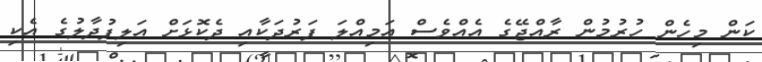
ކަން މިހެން ހުރުމުން ރާއްޖޭގެ އެއްވެސް އަމިއްލަ ފަރުދަކާއި ދެކޮޅަށް އަލިފުދާލުގެ އެކި